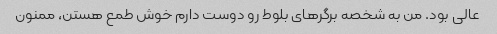
عالی بود. من به شخصه برگر‌های بلوط رو دوست دارم خوش طمع هستن، ممنون